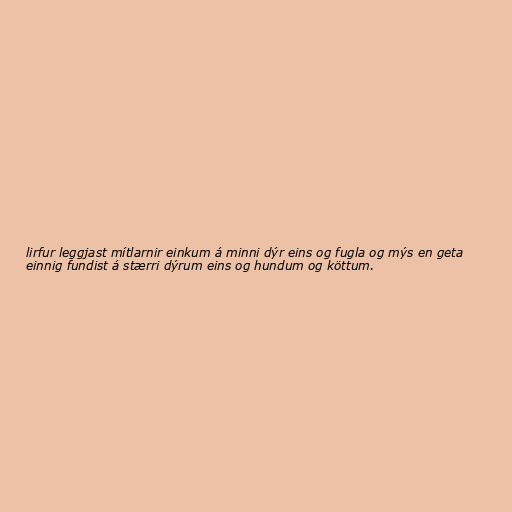
lirfur leggjast mítlarnir einkum á minni dýr eins og fugla og mýs en geta
einnig fundist á stærri dýrum eins og hundum og köttum.